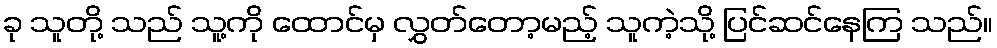
ခု သူတို့ သည် သူ့ကို ထောင်မှ လွှတ်တော့မည့် သူကဲ့သို့ ပြင်ဆင်နေကြ သည်။